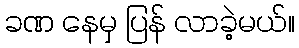
ခဏ နေမှ ပြန် လာခဲ့မယ်။